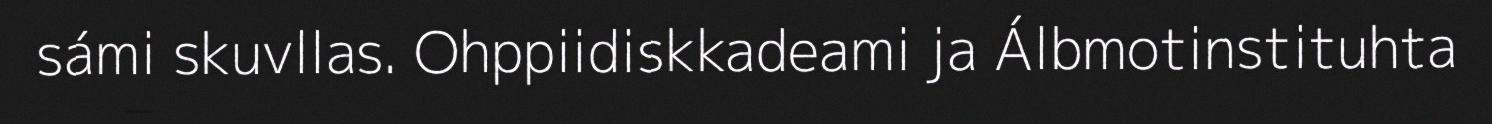
sámi skuvllas. Ohppiidiskkadeami ja Álbmotinstituhta